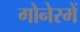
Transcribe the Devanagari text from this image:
गोनेरमें